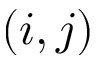
( i , j )